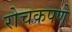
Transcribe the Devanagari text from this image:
रोचकपणे